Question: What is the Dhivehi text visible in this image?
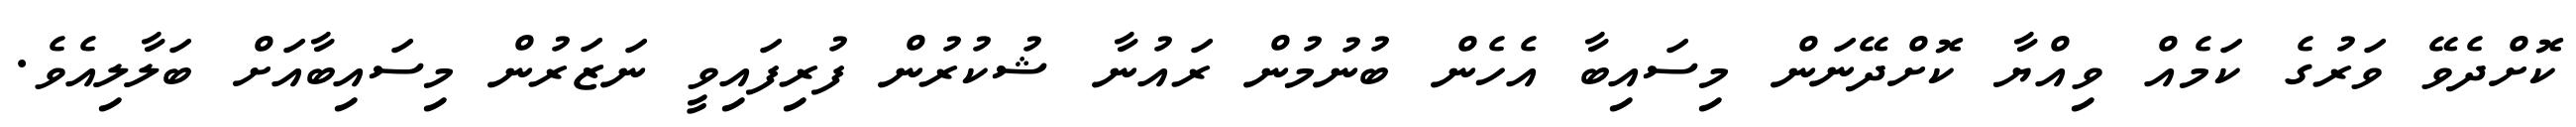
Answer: ކޮށްދެވޭ ވަރުގެ ކަމެއް ވިއްޔާ ކޮށްދޭނަން މިސައިބާ އެހެން ބުނުމުން ރައުނާ ޝުކުރުން ފުރިފައިވީ ނަޒަރުން މިސައިބާއަށް ބަލާލިއެވެ.